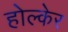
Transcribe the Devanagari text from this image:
होल्केर